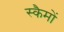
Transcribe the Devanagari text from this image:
स्कैमों